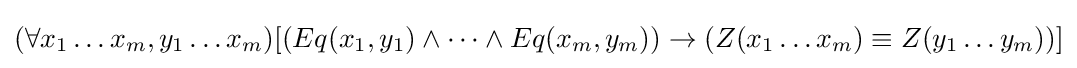
(\forall x_{1}\ldots x_{m},y_{1}\ldots x_{m})[(Eq(x_{1},y_{1})\wedge \cdots \wedge Eq(x_{m},y_{m}))\rightarrow (Z(x_{1}\ldots x_{m})\equiv Z(y_{1}\ldots y_{m}))]